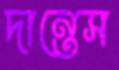
দান্তেস